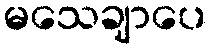
မသေချာပေ